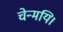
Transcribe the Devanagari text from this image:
चेन्मयि।